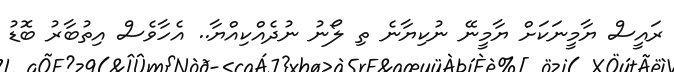
ރައީސް ޔާމީނަކަށް ޔާމީނޭ ނުކިޔާނެ ތި ލޯނު ނުދެއްކިއްޔާ.. އެހާވެސް އިތުބާރު ބޮޑު